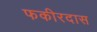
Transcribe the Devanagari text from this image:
फकीरदास